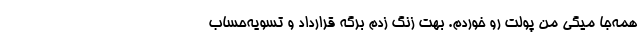
همه‌جا میگی من پولت رو خوردم. بهت زنگ زدم برگه قرارداد و تسویه‌حساب